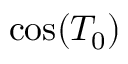
\cos ( T _ { 0 } )